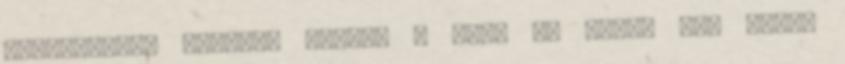
elhatározás mindkét félben , hogy jó lenne egy fedél